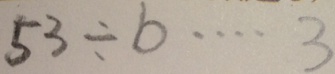
5 3 \div b \cdots 3